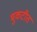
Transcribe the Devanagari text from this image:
भुकटीत